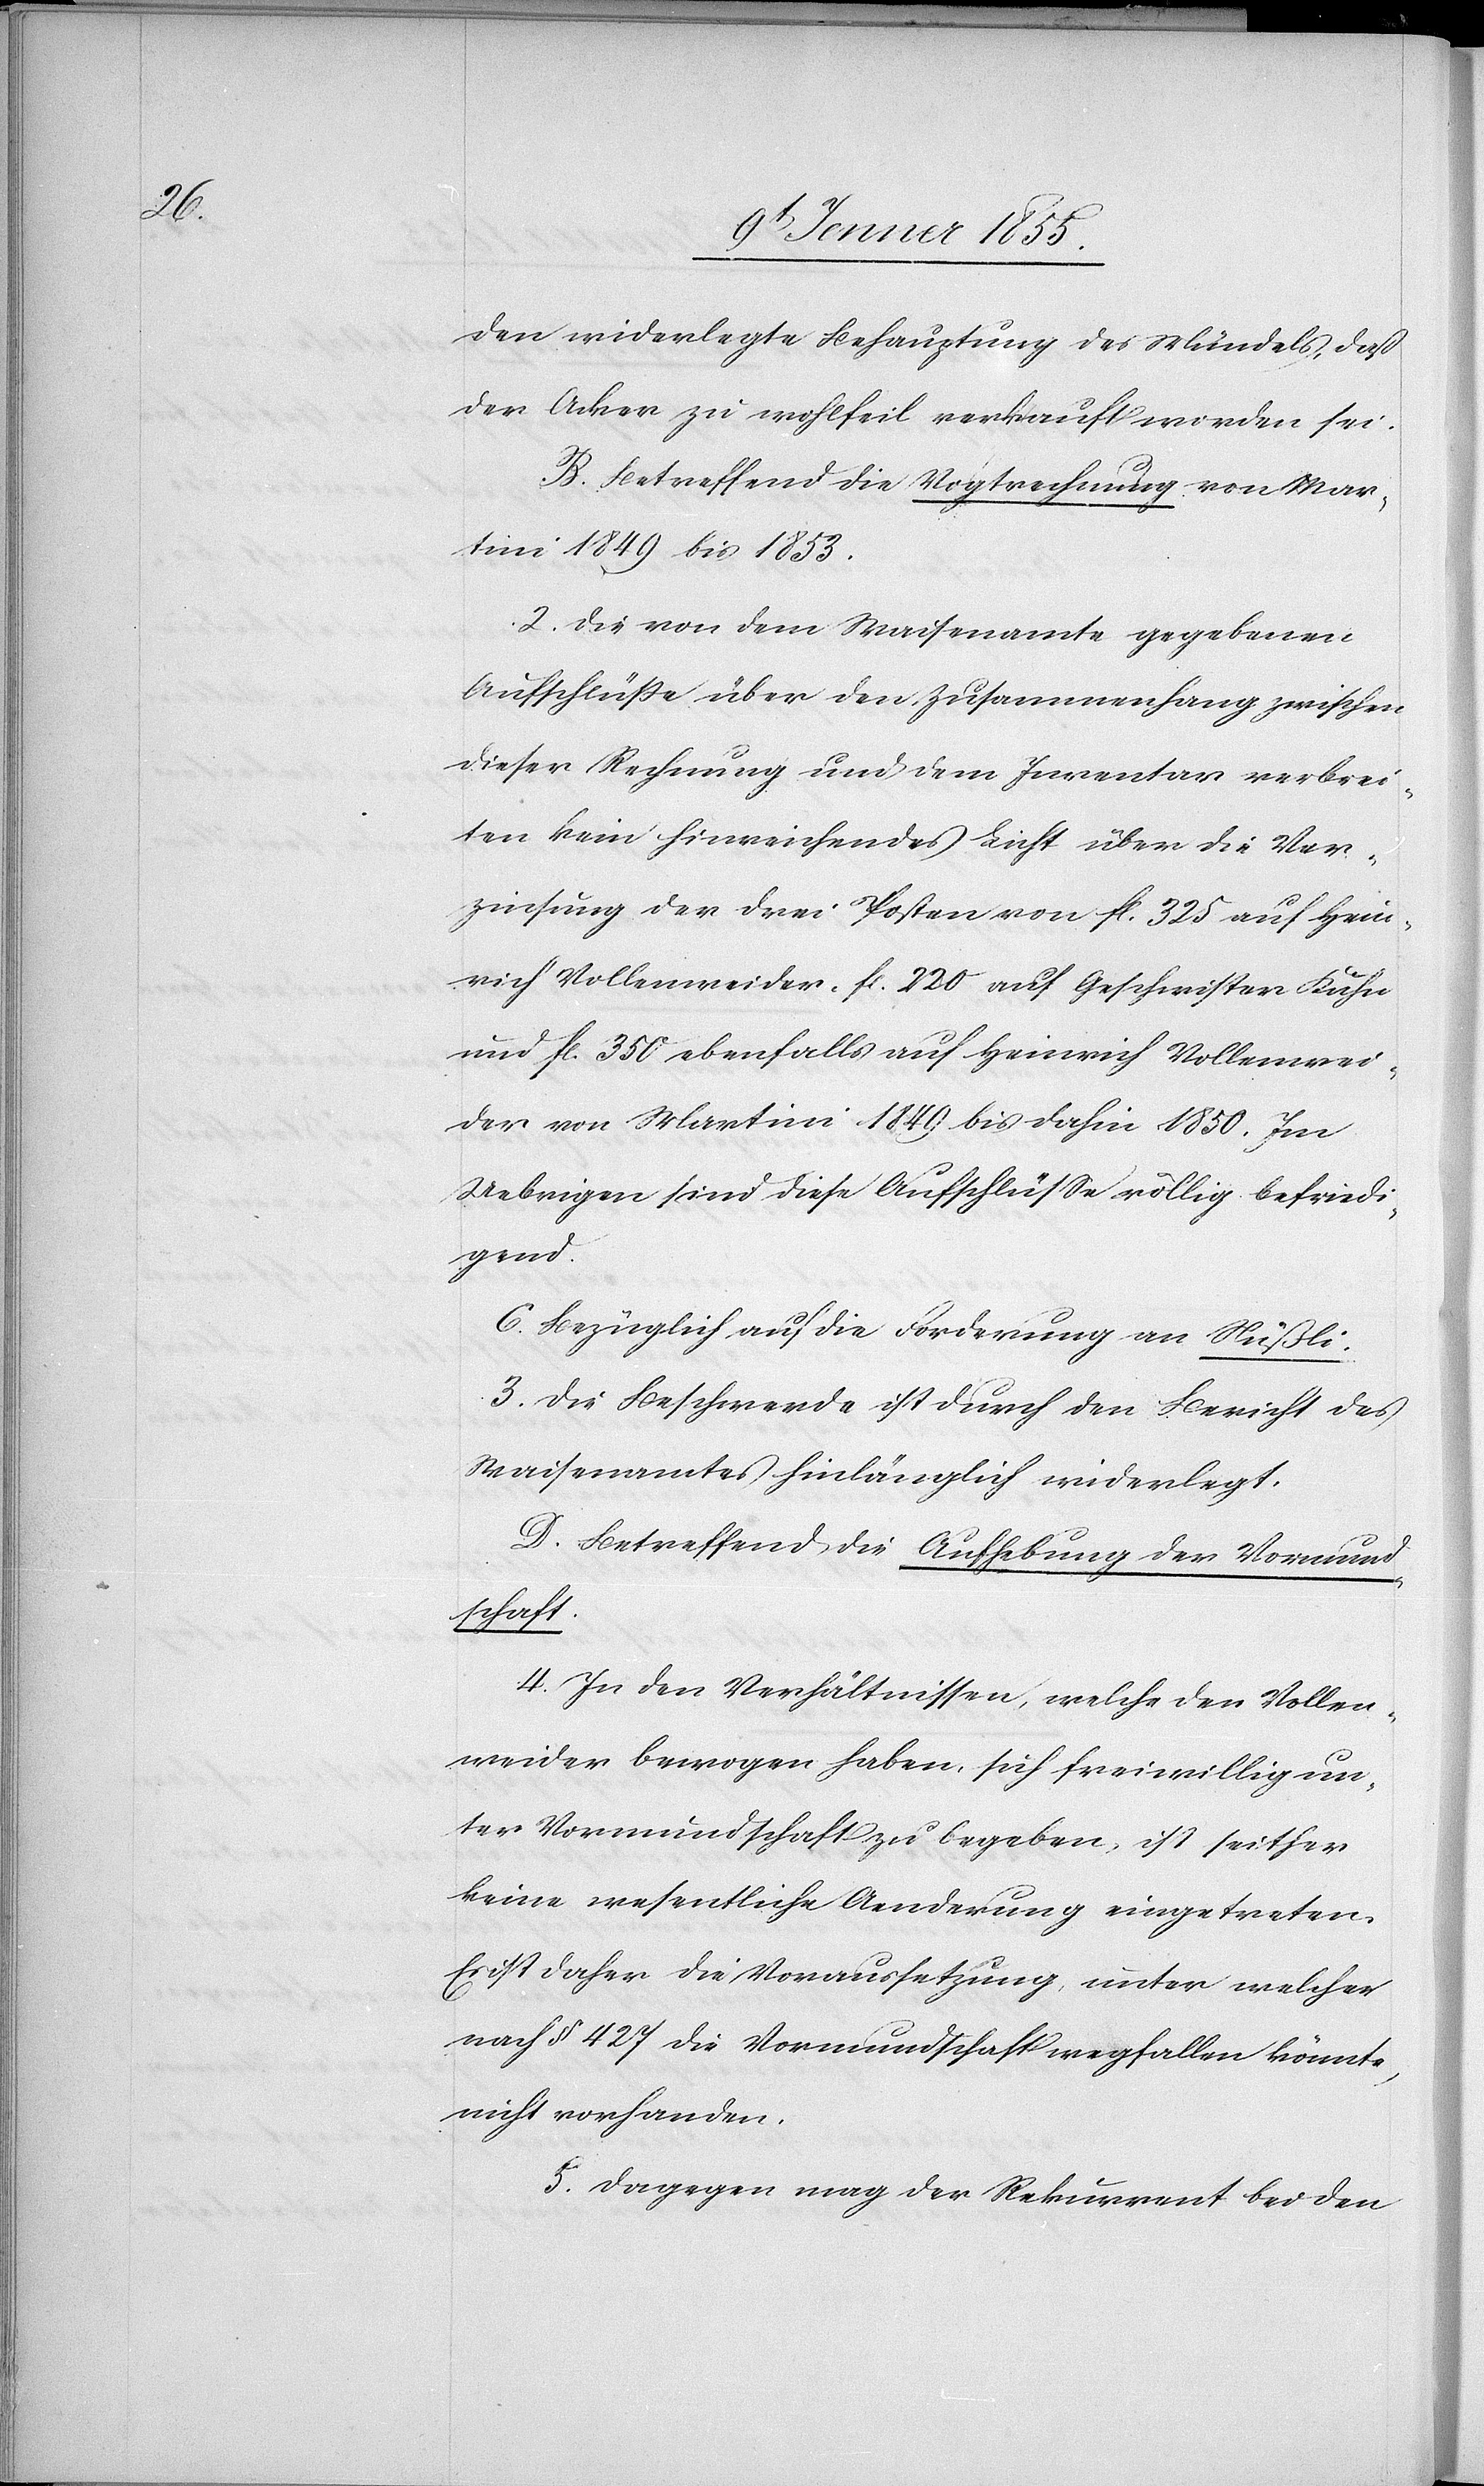
den widerlegte Behauptung des Mündels, daß
der Acker zu wohlfeil verkauft worden sei.
B. Betreffend die Vogtrechnung von Mar¬
tini 1849 bis 1853.
2. Die von dem Waisenamte gegebenen
Aufschlüße über den Zusammenhang zwischen
dieser Rechnung und dem Inventar verbrei¬
ten kein hinreichendes Licht über die Ver¬
zinsung der drei Posten von fl. 325 auf Hein¬
rich Vollenweider, fl. 220 auf Geschwister Kuhn
und fl. 350 ebenfalls auf Heinrich Vollenwei¬
der von Martini 1849 bis dahin 1850. Im
Uebrigen sind diese Aufschlüsse völlig befriedi¬
gend.
C. Bezüglich auf die Forderung an Nüßli.
3. Die Beschwerde ist durch den Bericht des
Waisenamtes hinlänglich widerlegt.
D. Betreffend die Aufhebung der Vormund¬
schaft.
4. In den Verhältnissen, welche den Vollen¬
weider bewogen haben, sich freiwillig un¬
ter Vormundschaft zu begeben, ist seither
keine wesentliche Aenderung eingetreten.
Es ist daher die Voraussetzung, unter welcher
nach § 427 die Vormundschaft wegfallen könnte,
nicht vorhanden.
5. Dagegen mag der Rekurrent bei den